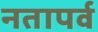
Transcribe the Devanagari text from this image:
नतापर्व